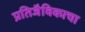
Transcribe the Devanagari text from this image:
प्रतिजैविकाचा